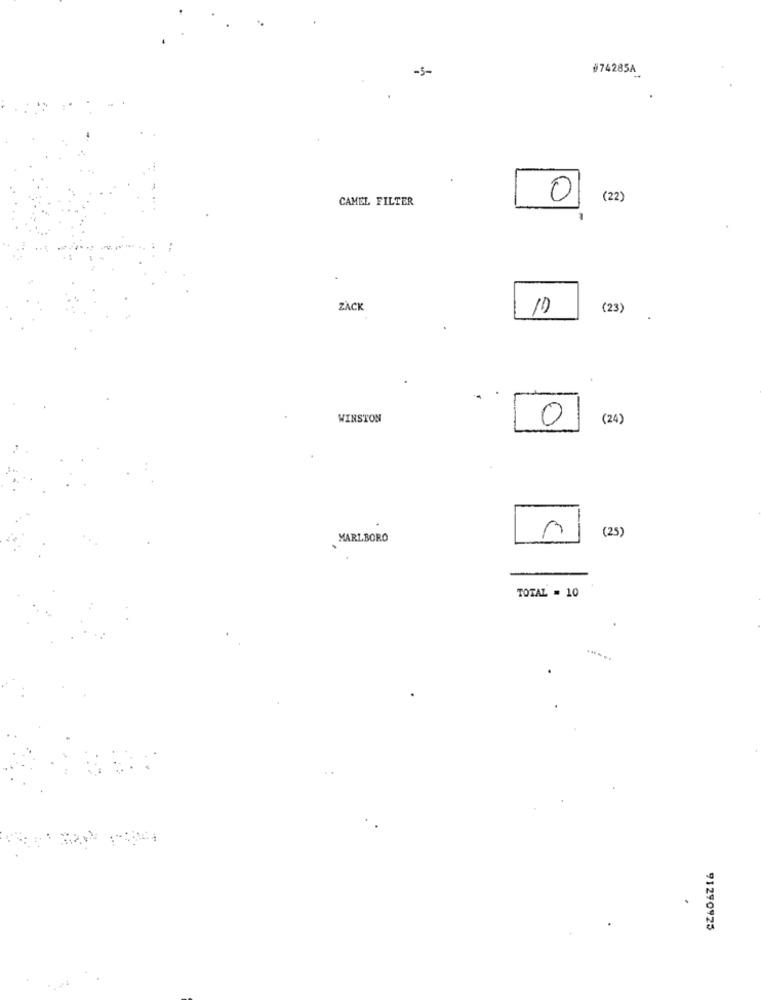
-5-
#74285A
CAMEL FILTER
0
(22)
ZACK
1D
(23)
WINSTON
0
(24)
(25)
MARLBORO
TOTAL = 10
91290925